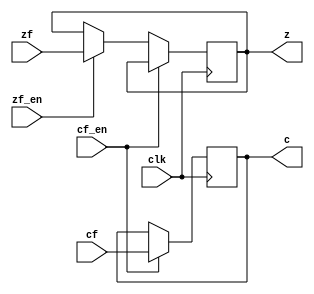
// module psw(clk,cf_en,zf_en,c,z,cf,zf);
// 	input clk,cf_en,zf_en,cf,zf;
// 	output c,z;
// 	reg c,z;
// 	always@(negedge clk)
// 	begin
// 		if(cf_en) c<=cf;
// 		if(zf_en) z<=zf;
// 	end
// endmodule

module psw(
	input clk,cf_en,zf_en,cf,zf,
	output reg c,z
);
always@(negedge clk)
begin
	if(cf_en) c <= cf;
	else if(zf_en) z <= zf;
	else ;
end
endmodule